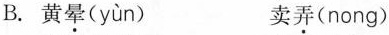
B.黄晕( yùn ) 卖弄(nong)